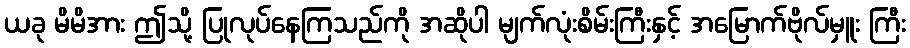
ယခု မိမိအား ဤသို့ ပြုလုပ်နေကြသည်ကို အဆိုပါ မျက်လုံးစိမ်းကြီးနှင့် အမြောက်ဗိုလ်မှူး ကြီး